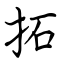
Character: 拓